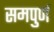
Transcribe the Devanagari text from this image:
समपुर्ण